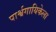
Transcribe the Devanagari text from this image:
पार्श्वगायिकेला